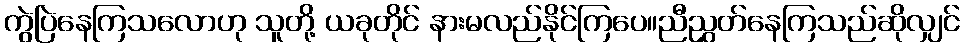
ကွဲပြဲနေကြသလောဟု သူတို့ ယခုတိုင် နားမလည်နိုင်ကြပေ။ညီညွှတ်နေကြသည်ဆိုလျှင်